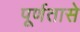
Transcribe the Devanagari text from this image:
पूर्णतासे